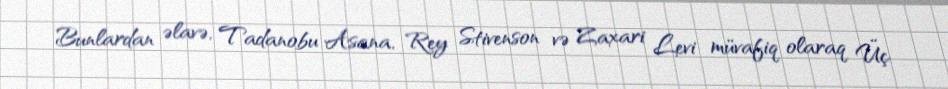
Bunlardan əlavə, Tadanobu Asana, Rey Stivenson və Zaxari Levi müvafiq olaraq Üç